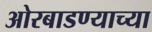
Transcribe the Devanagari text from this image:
ओरबाडण्याच्या